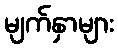
မျက်နှာများ